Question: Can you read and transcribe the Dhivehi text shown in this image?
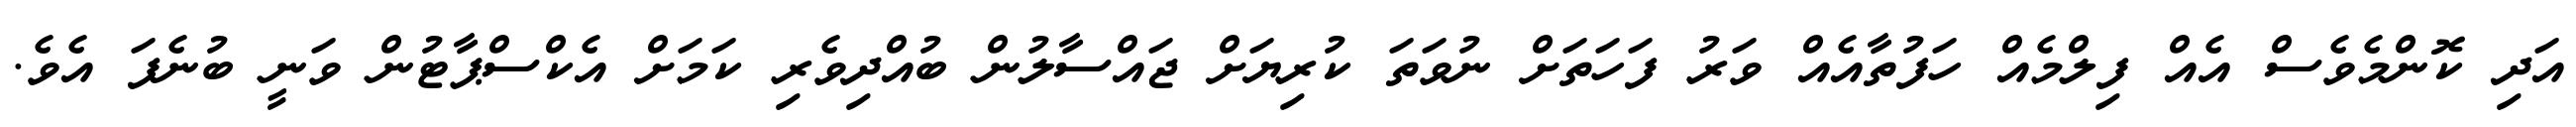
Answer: އަދި ކޮންމެވެސް އެއް ފިލްމެއް ހަފުތާއެއް ވަރު ފަހަތަށް ނުވަތަ ކުރިޔަށް ޖައްސާލުން ބުއްދިވެރި ކަމަށް އެކްސްޕާޓުން ވަނީ ބުނެފަ އެވެ.